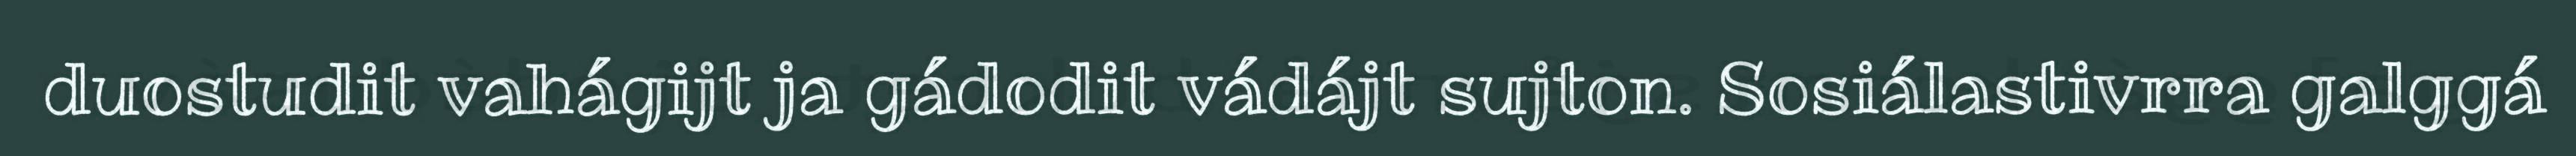
duostudit vahágijt ja gádodit vádájt sujton. Sosiálastivrra galggá